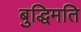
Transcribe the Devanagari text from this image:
बुद्धिमति